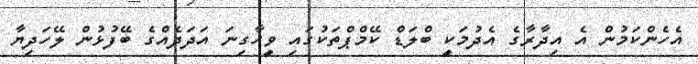
އެހެންކަމުން އެ އިދާރާގެ އެދުމަކީ ބްލަޑް ކޭމްޕްތަކުގައި ވީހާގިނަ އަދަދެއްގެ ބޭފުޅުން ލޭހަދިޔާ